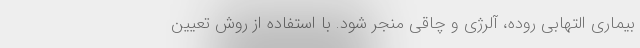
بیماری التهابی روده، آلرژی و چاقی منجر شود. با استفاده از روش تعیین